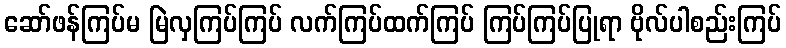
ဆော်ဖန်ကြပ်မ မြဲလှကြပ်ကြပ် လက်ကြပ်ထက်ကြပ် ကြပ်ကြပ်ပြုရာ ဗိုလ်ပါစည်းကြပ်